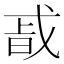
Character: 𭟴